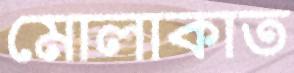
মোলাকাত